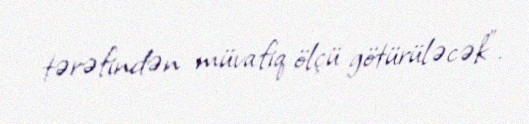
tərəfindən müvafiq ölçü götürüləcək".